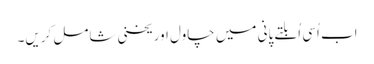
اب اُسی اُبلتے پانی میں چاول اور یخنی شامل کریں۔